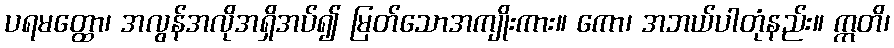
ပရမတ္ထော၊ အလွန်အလိုအရှိအပ်၍ မြတ်သောအကျိုးကား။ ကော၊ အဘယ်ပါတုံနည်း။ ဣတိ၊